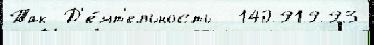
Так Д'е́ят'ельность  14091993